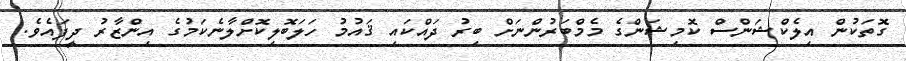
ގޮތަކުން އިލެކްޝަންސް ކޮމިޝަންގެ މެމްބަރުންނަށް ބިރު ދައްކައި ޤައުމު ހަލަބޮލިކޮށްލާނެކަމުގެ އިންޒާރު ދީފައެވެ.